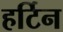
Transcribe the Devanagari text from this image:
हर्टिन